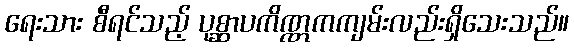
ရေးသား စီရင်သည့် ပုစ္ဆာပကိဏ္ဏကကျမ်းလည်းရှိသေးသည်။